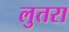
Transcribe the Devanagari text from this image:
लुतरा